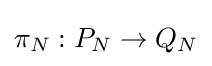
\pi _{N}:P_{N}\to Q_{N}